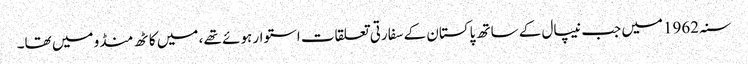
سنہ 1962میں جب نیپال کے ساتھ پاکستان کے سفارتی تعلقات استوار ہوئے تھے ، میں کاٹھ منڈو میں تھا۔